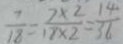
\frac { 7 } { 1 8 } = \frac { 7 \times 2 } { 1 8 \times 2 } = \frac { 1 4 } { 3 6 }